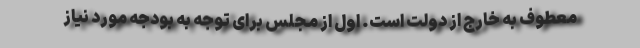
معطوف به خارج از دولت است. اول از مجلس براى توجه به بودجه مورد نياز